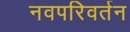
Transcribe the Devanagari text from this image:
नवपरिवर्तन